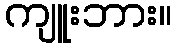
ကျူးဘား။